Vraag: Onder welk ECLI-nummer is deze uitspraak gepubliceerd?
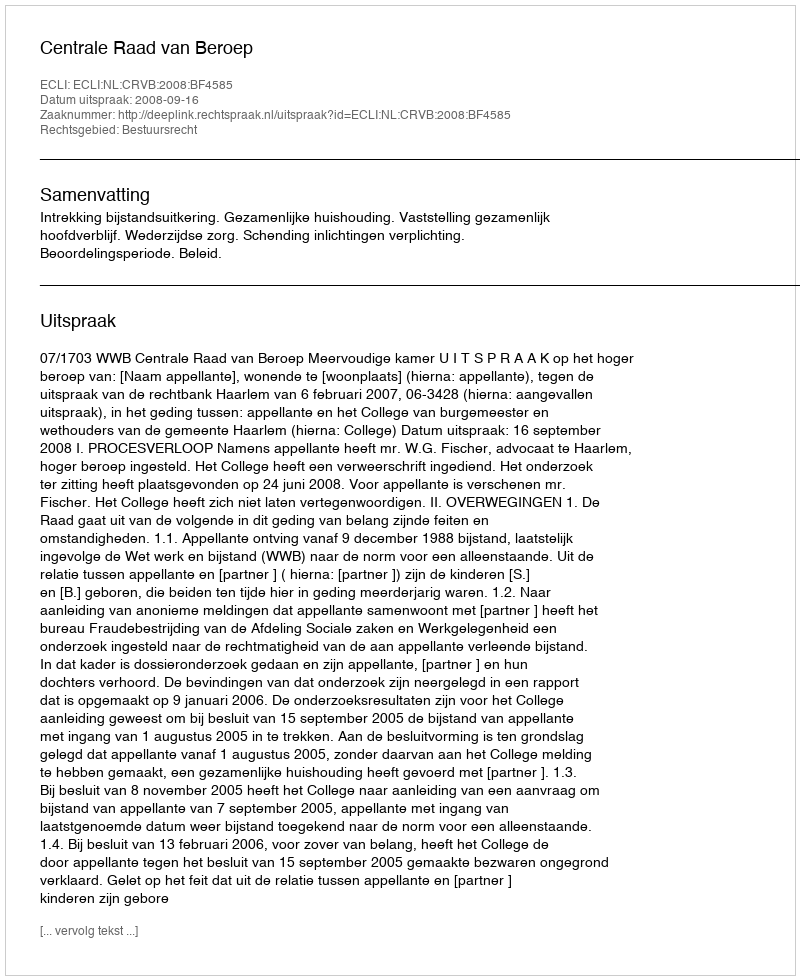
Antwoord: ECLI:NL:CRVB:2008:BF4585